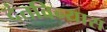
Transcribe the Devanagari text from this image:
दंतविन्यास